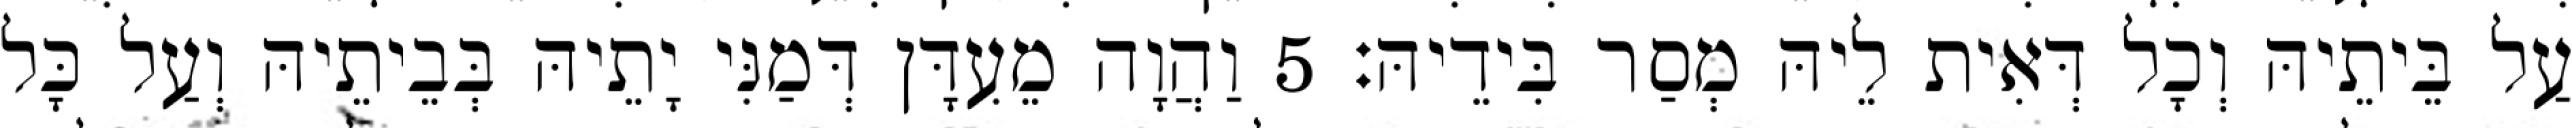
עַל בֵּיתֵיהּ וְכָל דְּאִית לֵיהּ מְסַר בִּידֵיהּ׃ 5 וַהֲוָה מֵעִדָּן דְּמַנִּי יָתֵיהּ בְּבֵיתֵיהּ וְעַל כָּל